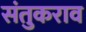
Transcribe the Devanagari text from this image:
संतुकराव